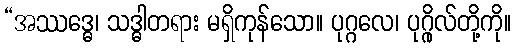
“အဿဒ္ဓေ၊ သဒ္ဓါတရား မရှိကုန်သော။ ပုဂ္ဂလေ၊ ပုဂ္ဂိုလ်တို့ကို။